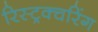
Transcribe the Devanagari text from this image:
रिस्ट्रक्चरिंग